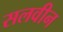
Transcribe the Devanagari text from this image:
सलवीन